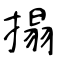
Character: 搨